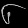
Digit: ၆